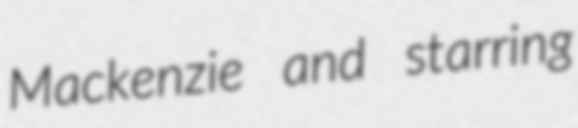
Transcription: Mackenzie and starring